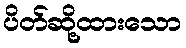
ပိတ်ဆို့ထားသော